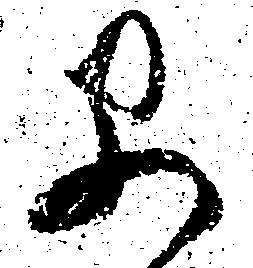
早